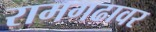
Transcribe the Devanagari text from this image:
रामगढावर